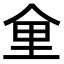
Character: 𪜽